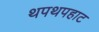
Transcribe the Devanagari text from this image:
थपथपहाट